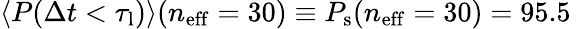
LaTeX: \langle P(\Delta t<\tau_{\mathrm{l}})\rangle(n_{\mathrm{eff}}=30)\equiv P_{\mathrm{s}}(n_{\mathrm{eff}}=30)=95.5\